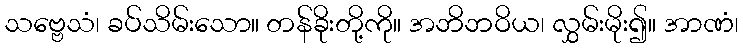
သဗ္ဗေသံ၊ ခပ်သိမ်းသော။ တန်ခိုးတို့ကို။ အဘိဘဝိယ၊ လွှမ်းမိုး၍။ အာဏံ၊